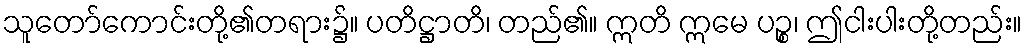
သူတော်ကောင်းတို့၏တရား၌။ ပတိဋ္ဌာတိ၊ တည်၏။ ဣတိ ဣမေ ပဉ္စ၊ ဤငါးပါးတို့တည်း။